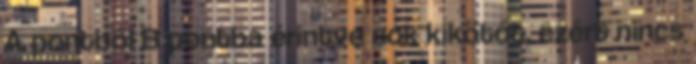
A pontból B pontba érintve sok kikötőt, ezért nincs